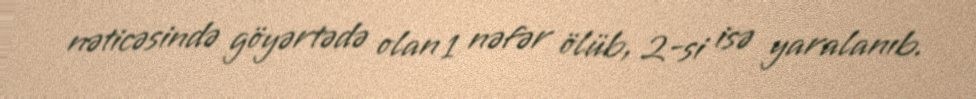
nəticəsində göyərtədə olan 1 nəfər ölüb, 2-si isə yaralanıb.